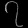
Digit: ၇